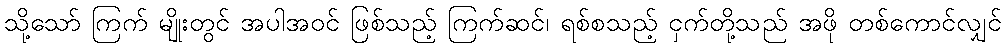
သို့သော် ကြက် မျိုးတွင် အပါအဝင် ဖြစ်သည့် ကြက်ဆင်၊ ရစ်စသည့် ငှက်တို့သည် အဖို တစ်ကောင်လျှင်